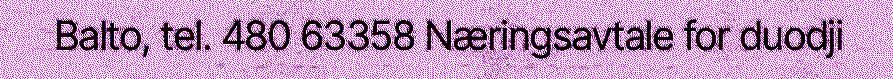
Balto, tel. 480 63358 Næringsavtale for duodji